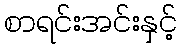
စာရင်းအင်းနှင့်